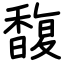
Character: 馥